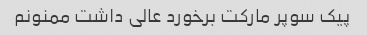
پیک سوپر مارکت برخورد عالی داشت ممنونم